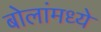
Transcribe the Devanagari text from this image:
बोलांमध्ये